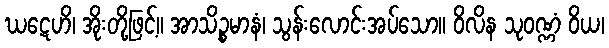
ဃဋေဟိ၊ အိုးတို့ဖြင့်။ အာသိဉ္စမာနံ၊ သွန်းလောင်းအပ်သော။ ဝိလိန သုဝဏ္ဏံ ဝိယ၊